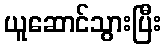
ယူဆောင်သွားပြီး